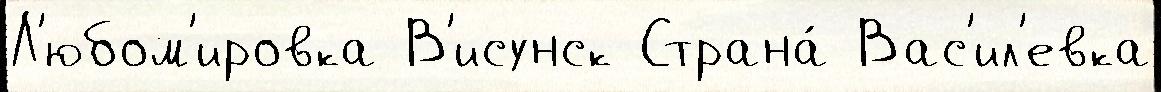
Л'юбом'ировка В'исунск Страна́ Вас'ил'евка